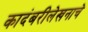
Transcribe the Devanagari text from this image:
कादंबरीलेखनाचे